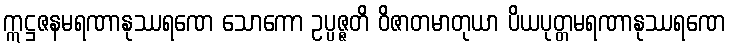
ဣဋ္ဌဇနမရဏာနုဿရဏေ သောကော ဥပ္ပဇ္ဇတိ ဝိဇာတမာတုယာ ပိယပုတ္တမရဏာနုဿရဏေ